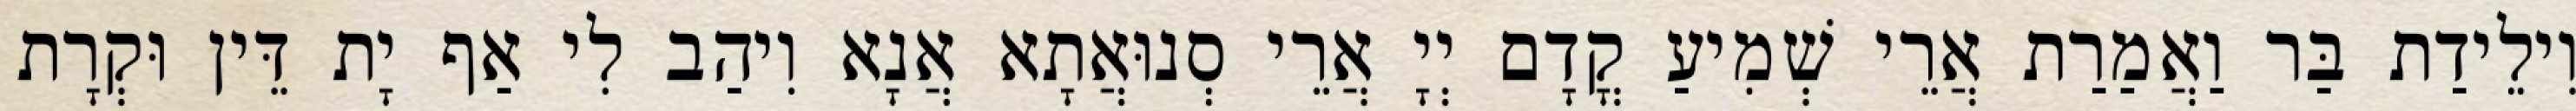
וִילֵידַת בַּר וַאֲמַרַת אֲרֵי שְׁמִיעַ קֳדָם יְיָ אֲרֵי סְנוּאֲתָא אֲנָא וִיהַב לִי אַף יָת דֵּין וּקְרָת